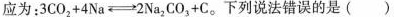
应为: